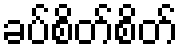
ခပ်စိတ်စိတ်